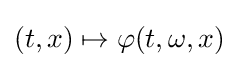
(t,x)\mapsto \varphi (t,\omega ,x)